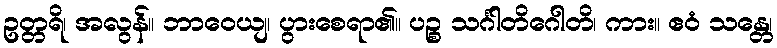
ဥတ္တရိ၊ အလွန်။ ဘာဝေယျ၊ ပွားစေရာ၏။ ပဉ္စ သင်္ဂါတိဂေါတိ၊ ကား။ ဧဝံ သန္တေ၊